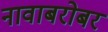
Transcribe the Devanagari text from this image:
नावाबरोबर